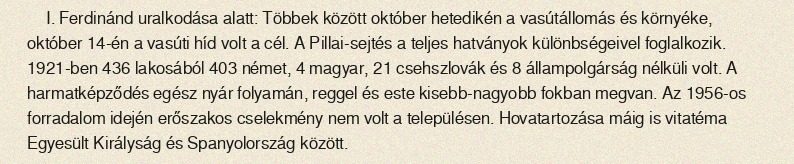
I. Ferdinánd uralkodása alatt: Többek között október hetedikén a vasútállomás és környéke, október 14-én a vasúti híd volt a cél. A Pillai-sejtés a teljes hatványok különbségeivel foglalkozik. 1921-ben 436 lakosából 403 német, 4 magyar, 21 csehszlovák és 8 állampolgárság nélküli volt. A harmatképződés egész nyár folyamán, reggel és este kisebb-nagyobb fokban megvan. Az 1956-os forradalom idején erőszakos cselekmény nem volt a településen. Hovatartozása máig is vitatéma Egyesült Királyság és Spanyolország között.